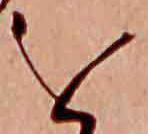
を